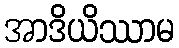
အာဒိယိဿာမ